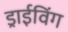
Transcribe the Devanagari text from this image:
ड्राईविंग